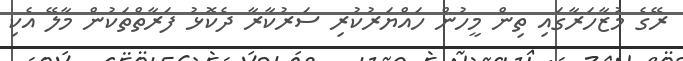
ރޭގެ މުޒާހަރާގައި ތިން މީހުން ހައްޔަރުކުރި ސަރުކާރާ ދެކޮޅު ފަރާތްތަކުން މާލޭ އެކި